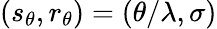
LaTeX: (s_{\theta},r_{\theta})=(\theta/\lambda,\sigma)